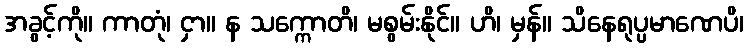
အခွင့်ကို။ ကာတုံ၊ ငှာ။ န သက္ကောတိ၊ မစွမ်းနိုင်။ ဟိ၊ မှန်။ သိနေရုပ္ပမာဏေပိ၊